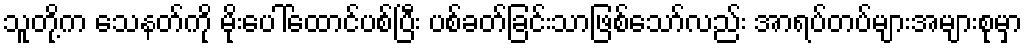
သူတို့က သေနတ်ကို မိုးပေါ်ထောင်ပစ်ပြီး ပစ်ခတ်ခြင်းသာဖြစ်သော်လည်း အာရပ်တပ်များအများစုမှာ